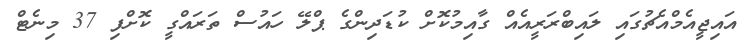
އައިޖީއެމްއެޗުގައި ލައިބްރަރީއެއް ގާއިމުކޮށް ކުޑަދިންގެ ޕްލޭ ހައުސް ތަރައްގީ ކޮށްފި 37 މިނެޓް